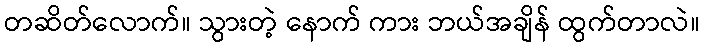
တဆိတ်လောက်။ သွားတဲ့ နောက် ကား ဘယ်အချိန် ထွက်တာလဲ။